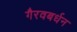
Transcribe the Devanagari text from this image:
गैरवबर्धन